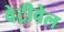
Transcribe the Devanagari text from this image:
वेट्रीवेल